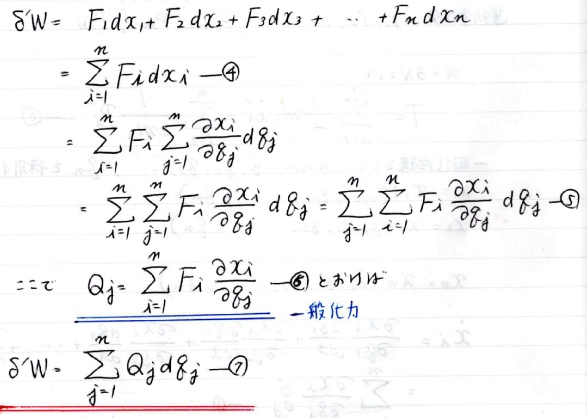
\[
\begin{align*}
\delta W&=F_1dx_1 + F_2dx_2+F_3dx_3+\cdots+F_ndx_n\\
&=\sum_{i = 1}^{n}F_idx_i\quad\textcircled{4}\\
&=\sum_{i = 1}^{n}F_i\sum_{j = 1}^{m}\frac{\partial x_i}{\partial q_j}dq_j\\
&=\sum_{i = 1}^{n}\sum_{j = 1}^{m}F_i\frac{\partial x_i}{\partial q_j}dq_j=\sum_{j = 1}^{m}\sum_{i = 1}^{n}F_i\frac{\partial x_i}{\partial q_j}dq_j\quad\textcircled{5}\\
Q_j&=\sum_{i = 1}^{n}F_i\frac{\partial x_i}{\partial q_j}\quad\textcircled{6}\quad\text{一般化力}\\
\delta W&=\sum_{j = 1}^{m}Q_jdq_j\quad\textcircled{7}
\end{align*}
\]